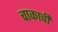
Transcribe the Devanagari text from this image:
चाकाची